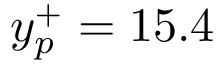
y _ { p } ^ { + } = 1 5 . 4